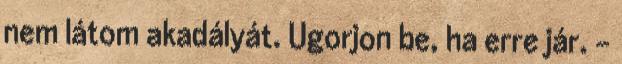
nem látom akadályát. Ugorjon be, ha erre jár. –